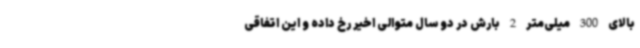
بالای 300 میلی‌متر 2 بارش در دو سال متوالی اخیر رخ داده و این اتفاقی